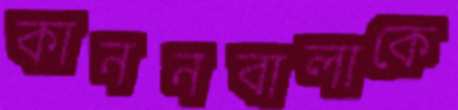
কাননবালাকে